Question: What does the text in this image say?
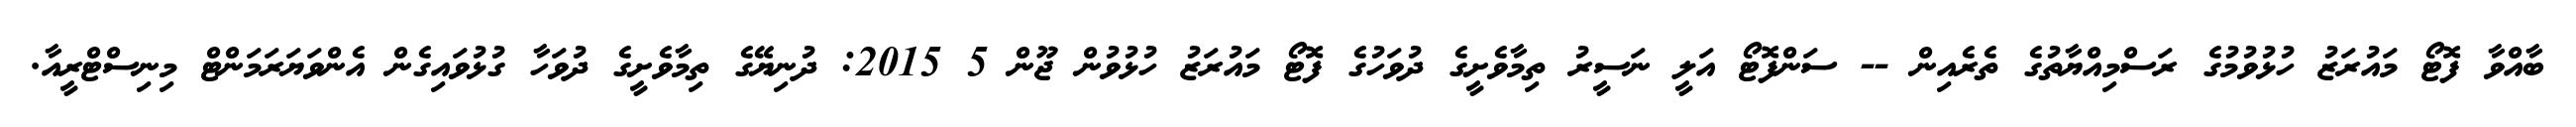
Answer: ބާއްވާ ފޮޓޯ މައުރަޒު ހުޅުވުމުގެ ރަސްމިއްޔާތުގެ ތެރެއިން -- ސަންފޮޓޯ އަލީ ނަސީރު ތިމާވެށީގެ ދުވަހުގެ ފޮޓޯ މައުރަޒު ހުޅުވުން ޖޫން 5 2015: ދުނިޔޭގެ ތިމާވެށީގެ ދުވަހާ ގުޅުވައިގެން އެންވަޔަރަމަންޓް މިނިސްޓްރީއާ.